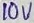
Text: 10V